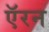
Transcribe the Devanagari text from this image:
ऍरन